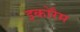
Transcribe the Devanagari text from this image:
इकोरैम